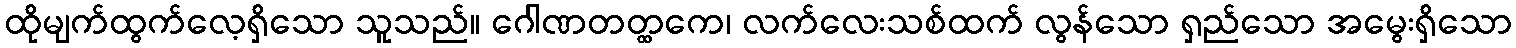
ထိုမျက်ထွက်လေ့ရှိသော သူသည်။ ဂေါဏတတ္ထကေ၊ လက်လေးသစ်ထက် လွန်သော ရှည်သော အမွေးရှိသော